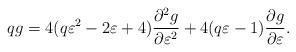
LaTeX: \begin{align*}qg=4(q\varepsilon^2-2\varepsilon+4)\frac{\partial^2 g}{\partial\varepsilon^2}+4(q\varepsilon-1)\frac{\partial g}{\partial\varepsilon}.\end{align*}